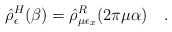
\begin{align*}\hat{\rho}^H_{\epsilon}(\beta)=\hat{\rho}^R_{\mu\epsilon_x}(2\pi\mu\alpha)~~~ .\end{align*}